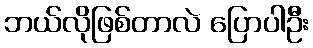
ဘယ်လိုဖြစ်တာလဲ ပြောပါဦး